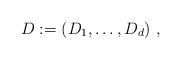
LaTeX: \begin{align*}D := \left (D_1, \dots,D_d\right )\, ,\end{align*}